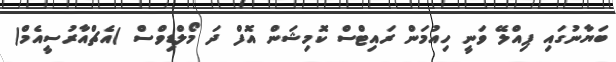
ބަޔާނުގައި ޕިއްލޭ ވަނީ ހިއުމަން ރައިޓްސް ކޮމިޝަން އޮފް ދަ މޯލްޑިވްސް )އެޗްއާރުސީއެމް(